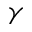
\gamma